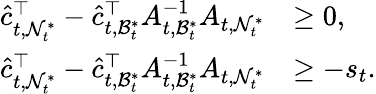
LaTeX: \begin{array}{rl}{\hat{c}_{t,\mathcal{N}_{t}^{*}}^{\top}-\hat{c}_{t,\mathcal{B}_{t}^{*}}^{\top}A_{t,\mathcal{B}_{t}^{*}}^{-1}A_{t,\mathcal{N}_{t}^{*}}}&{\ge 0,}\\ {\hat{c}_{t,\mathcal{N}_{t}^{*}}^{\top}-\hat{c}_{t,\mathcal{B}_{t}^{*}}^{\top}A_{t,\mathcal{B}_{t}^{*}}^{-1}A_{t,\mathcal{N}_{t}^{*}}}&{\ge-s_{t}.}\end{array}